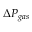
\Delta P _ { g a s }